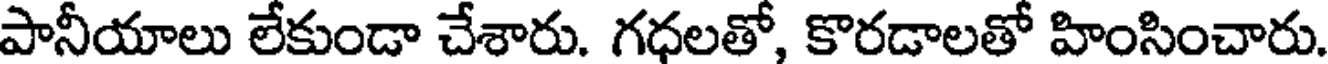
పానీయాలు లేకుండా చేశారు. గధలతో, కొరడాలతో హింసించారు.